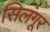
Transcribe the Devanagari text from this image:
सिलंगूर